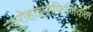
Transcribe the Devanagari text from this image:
न्यूरोहाइपोफिजिकल